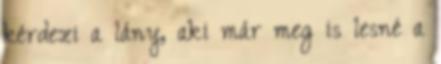
kérdezi a lány, aki már meg is lesné a